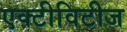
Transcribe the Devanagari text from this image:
एक्टीविटीज